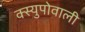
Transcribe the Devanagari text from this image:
क्स्युपोवाली